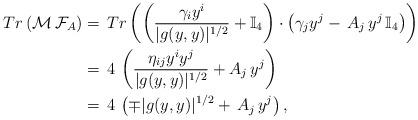
LaTeX: \begin{align*}Tr\left(\mathcal{M}\,\mathcal{F}_A\right) & =\,Tr\left(\left(\frac{\gamma_i y^i}{|g(y,y)|^{1/2}}+\mathbb{I}_4\right)\cdot \left( \gamma_j y^j-\,A_j\, y^j\,\mathbb{I}_4\right) \right)\\& =\,4\,\left(\frac{\eta_{ij}y^iy^j}{|g(y,y)|^{1/2}}+ A_j\,y^j\right)\\& =\,4\,\left(\mp|g(y,y)|^{1/2}+\,A_j\,y^j\right),\end{align*}